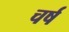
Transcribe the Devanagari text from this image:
चर्ष